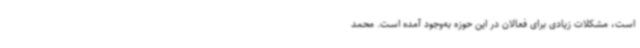
‌است، مشکلات زیادی برای فعالان در این حوزه به‌وجود آمده است. محمد